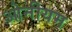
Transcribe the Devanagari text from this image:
ओनीयम